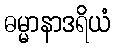
ဓမ္မာနာဒရိယံ